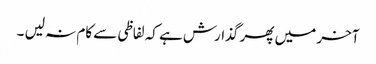
آخر میں پھر گذارش ہے کہ لفاظی سے کام نہ لیں ۔